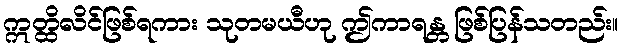
ဣတ္ထိလိင်ဖြစ်ရကား သုတမယီဟု ဤကာရန္တ ဖြစ်ပြန်သတည်း။